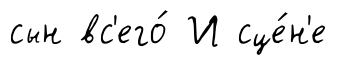
сын вс'его́ И сце́н'е